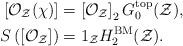
LaTeX: \begin{align*}\left[\mathcal{O}_{\mathcal{Z}}(\chi)\right]&=\left[\mathcal{O}_{\mathcal{Z}}\right]_2 G_0^{\mathrm{top}}(\mathcal{Z}),\\S\left(\left[\mathcal{O}_{\mathcal{Z}}\right]\right)&=1_{\mathcal{Z}}H^{\mathrm{BM}}_2(\mathcal{Z}).\end{align*}